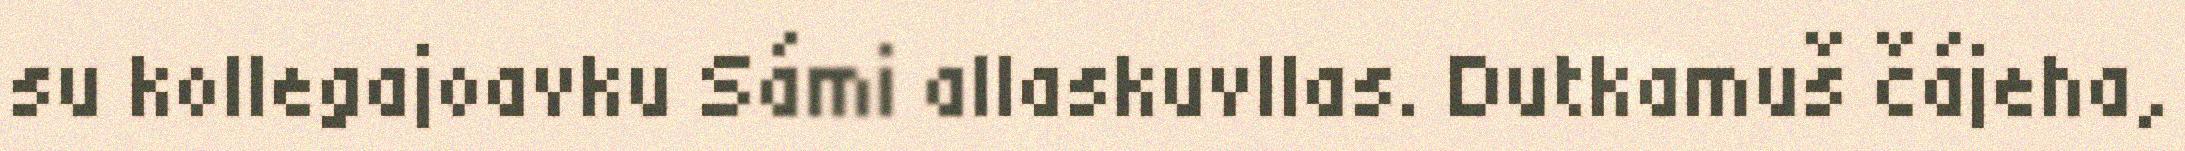
su kollegajoavku Sámi allaskuvllas. Dutkamuš čájeha,